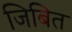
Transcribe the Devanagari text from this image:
जिबित